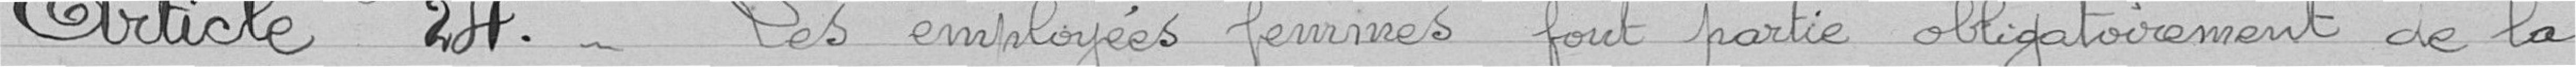
Article 24 - Les employés femmes font partie obligatoirement de la